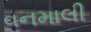
વનમાલી